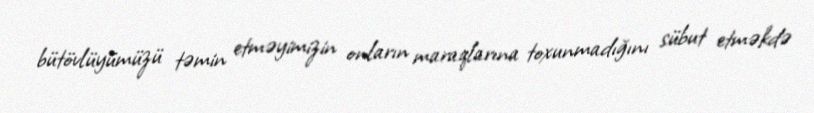
bütövlüyümüzü təmin etməyimizin onların maraqlarına toxunmadığını sübut etməkdə